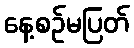
နေ့စဉ်မပြတ်